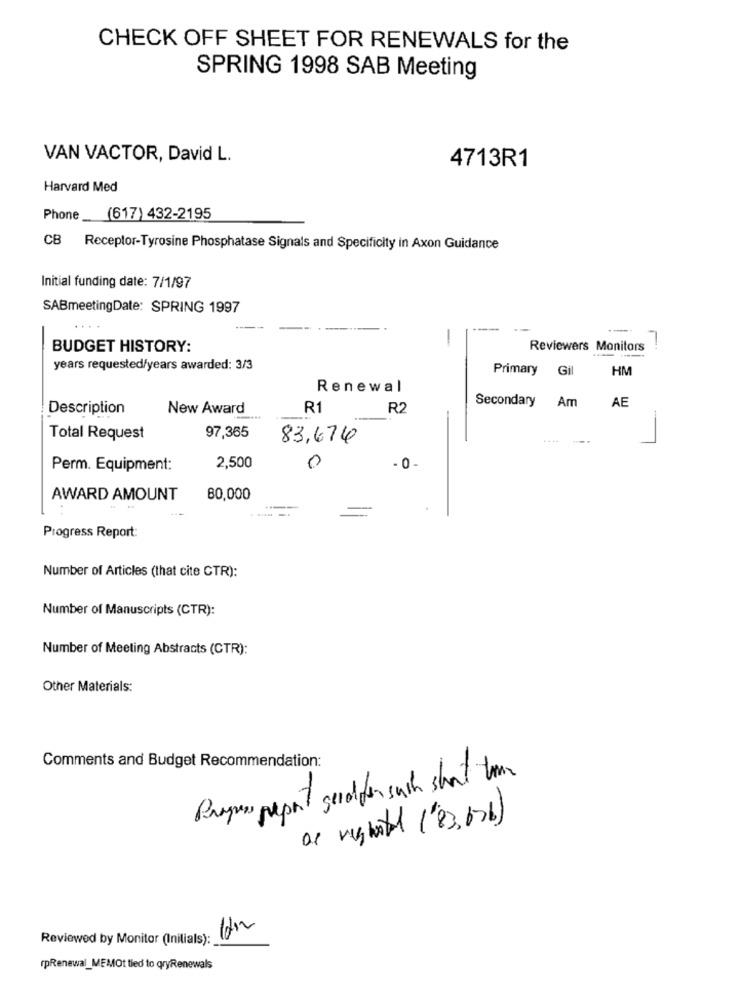
CHECK OFF SHEET FOR RENEWALS for the
SPRING 1998 SAB Meeting
VAN VACTOR, David L.
4713R1
Harvard Med
Phone
(617) 432-2195
CB Receptor-Tyrosine Phosphatase Signals and Specificity in Axon Guidance
Initial funding date: 7/1/97
SABmeetingDate: SPRING 1997
...
---
-
BUDGET HISTORY:
Reviewers Monitors
years requested/years awarded: 3/3
Primary
Gil
HM
Renewal
Secondary
AE
Description
New Award
R1
R2
Am
Total Request
97,365
83,676
0
Perm. Equipment:
2,500
- 0 -
AWARD AMOUNT
80,000
Progress Report:
Number of Articles (that cite CTR):
Number of Manuscripts (CTR):
Number of Meeting Abstracts (CTR):
Other Materials:
Comments and Budget Recommendation:
Progress report geralfor such short time
as rights ('83, 67b)
Reviewed by Monitor (Initials):
rpRenewal_MEMOt tied to qryRenewals